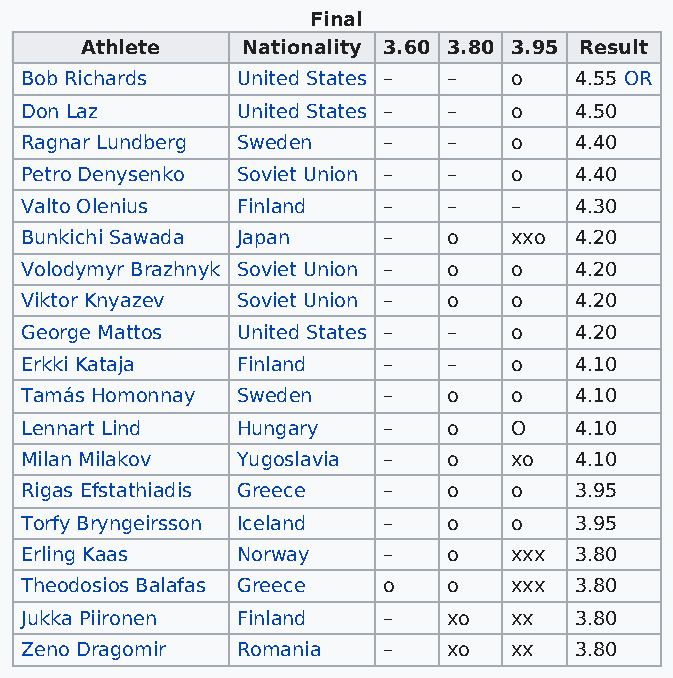
Final
 Athlete    Nationality 3.60 3.80 3.95 Result
 Bob Richards   United States – – o   4.55 OR
 Don Laz        United States – – o   4.50
 Ragnar Lundberg Sweden  –    –   o   4.40
 Petro Denysenko Soviet Union – – o   4.40
 Valto Olenius  Finland  –    –   –   4.30
 Bunkichi Sawada Japan   –    o   xxo 4.20
 Volodymyr Brazhnyk Soviet Union – o o 4.20
 Viktor Knyazev Soviet Union – o  o   4.20
 George Mattos  United States – – o   4.20
 Erkki Kataja   Finland  –    –   o   4.10
 Tamás Homonnay Sweden   –    o   o   4.10
 Lennart Lind   Hungary  –    o   O   4.10
 Milan Milakov  Yugoslavia –  o   xo  4.10
 Rigas Efstathiadis Greece –  o   o   3.95
 Torfy Bryngeirsson Iceland – o   o   3.95
 Erling Kaas    Norway   –    o   xxx 3.80
 Theodosios Balafas Greece o  o   xxx 3.80
 Jukka Piironen Finland  –    xo  xx  3.80
 Zeno Dragomir  Romania  –    xo  xx  3.80